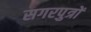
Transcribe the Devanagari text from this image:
सगरपुत्रों